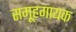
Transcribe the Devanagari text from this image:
समूहगायक